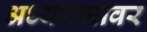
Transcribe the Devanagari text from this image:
अध्यात्मावर